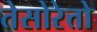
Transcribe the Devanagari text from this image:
तेसोरेत्तो